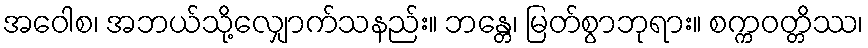
အဝေါစ၊ အဘယ်သို့လျှောက်သနည်း။ ဘန္တေ၊ မြတ်စွာဘုရား။ စက္ကဝတ္တိဿ၊